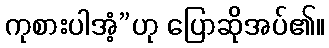
ကုစားပါအံ့”ဟု ပြောဆိုအပ်၏။